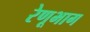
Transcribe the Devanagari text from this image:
रेणूभाग